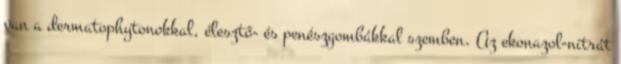
van a dermatophytonokkal, élesztő- és penészgombákkal szemben. Az ekonazol-nitrát